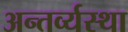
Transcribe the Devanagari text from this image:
अन्तर्व्यस्था